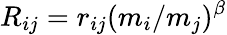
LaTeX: R_{ij}=r_{ij}(m_{i}/m_{j})^{\beta}